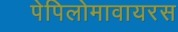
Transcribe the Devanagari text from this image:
पेपिलोमावायरस